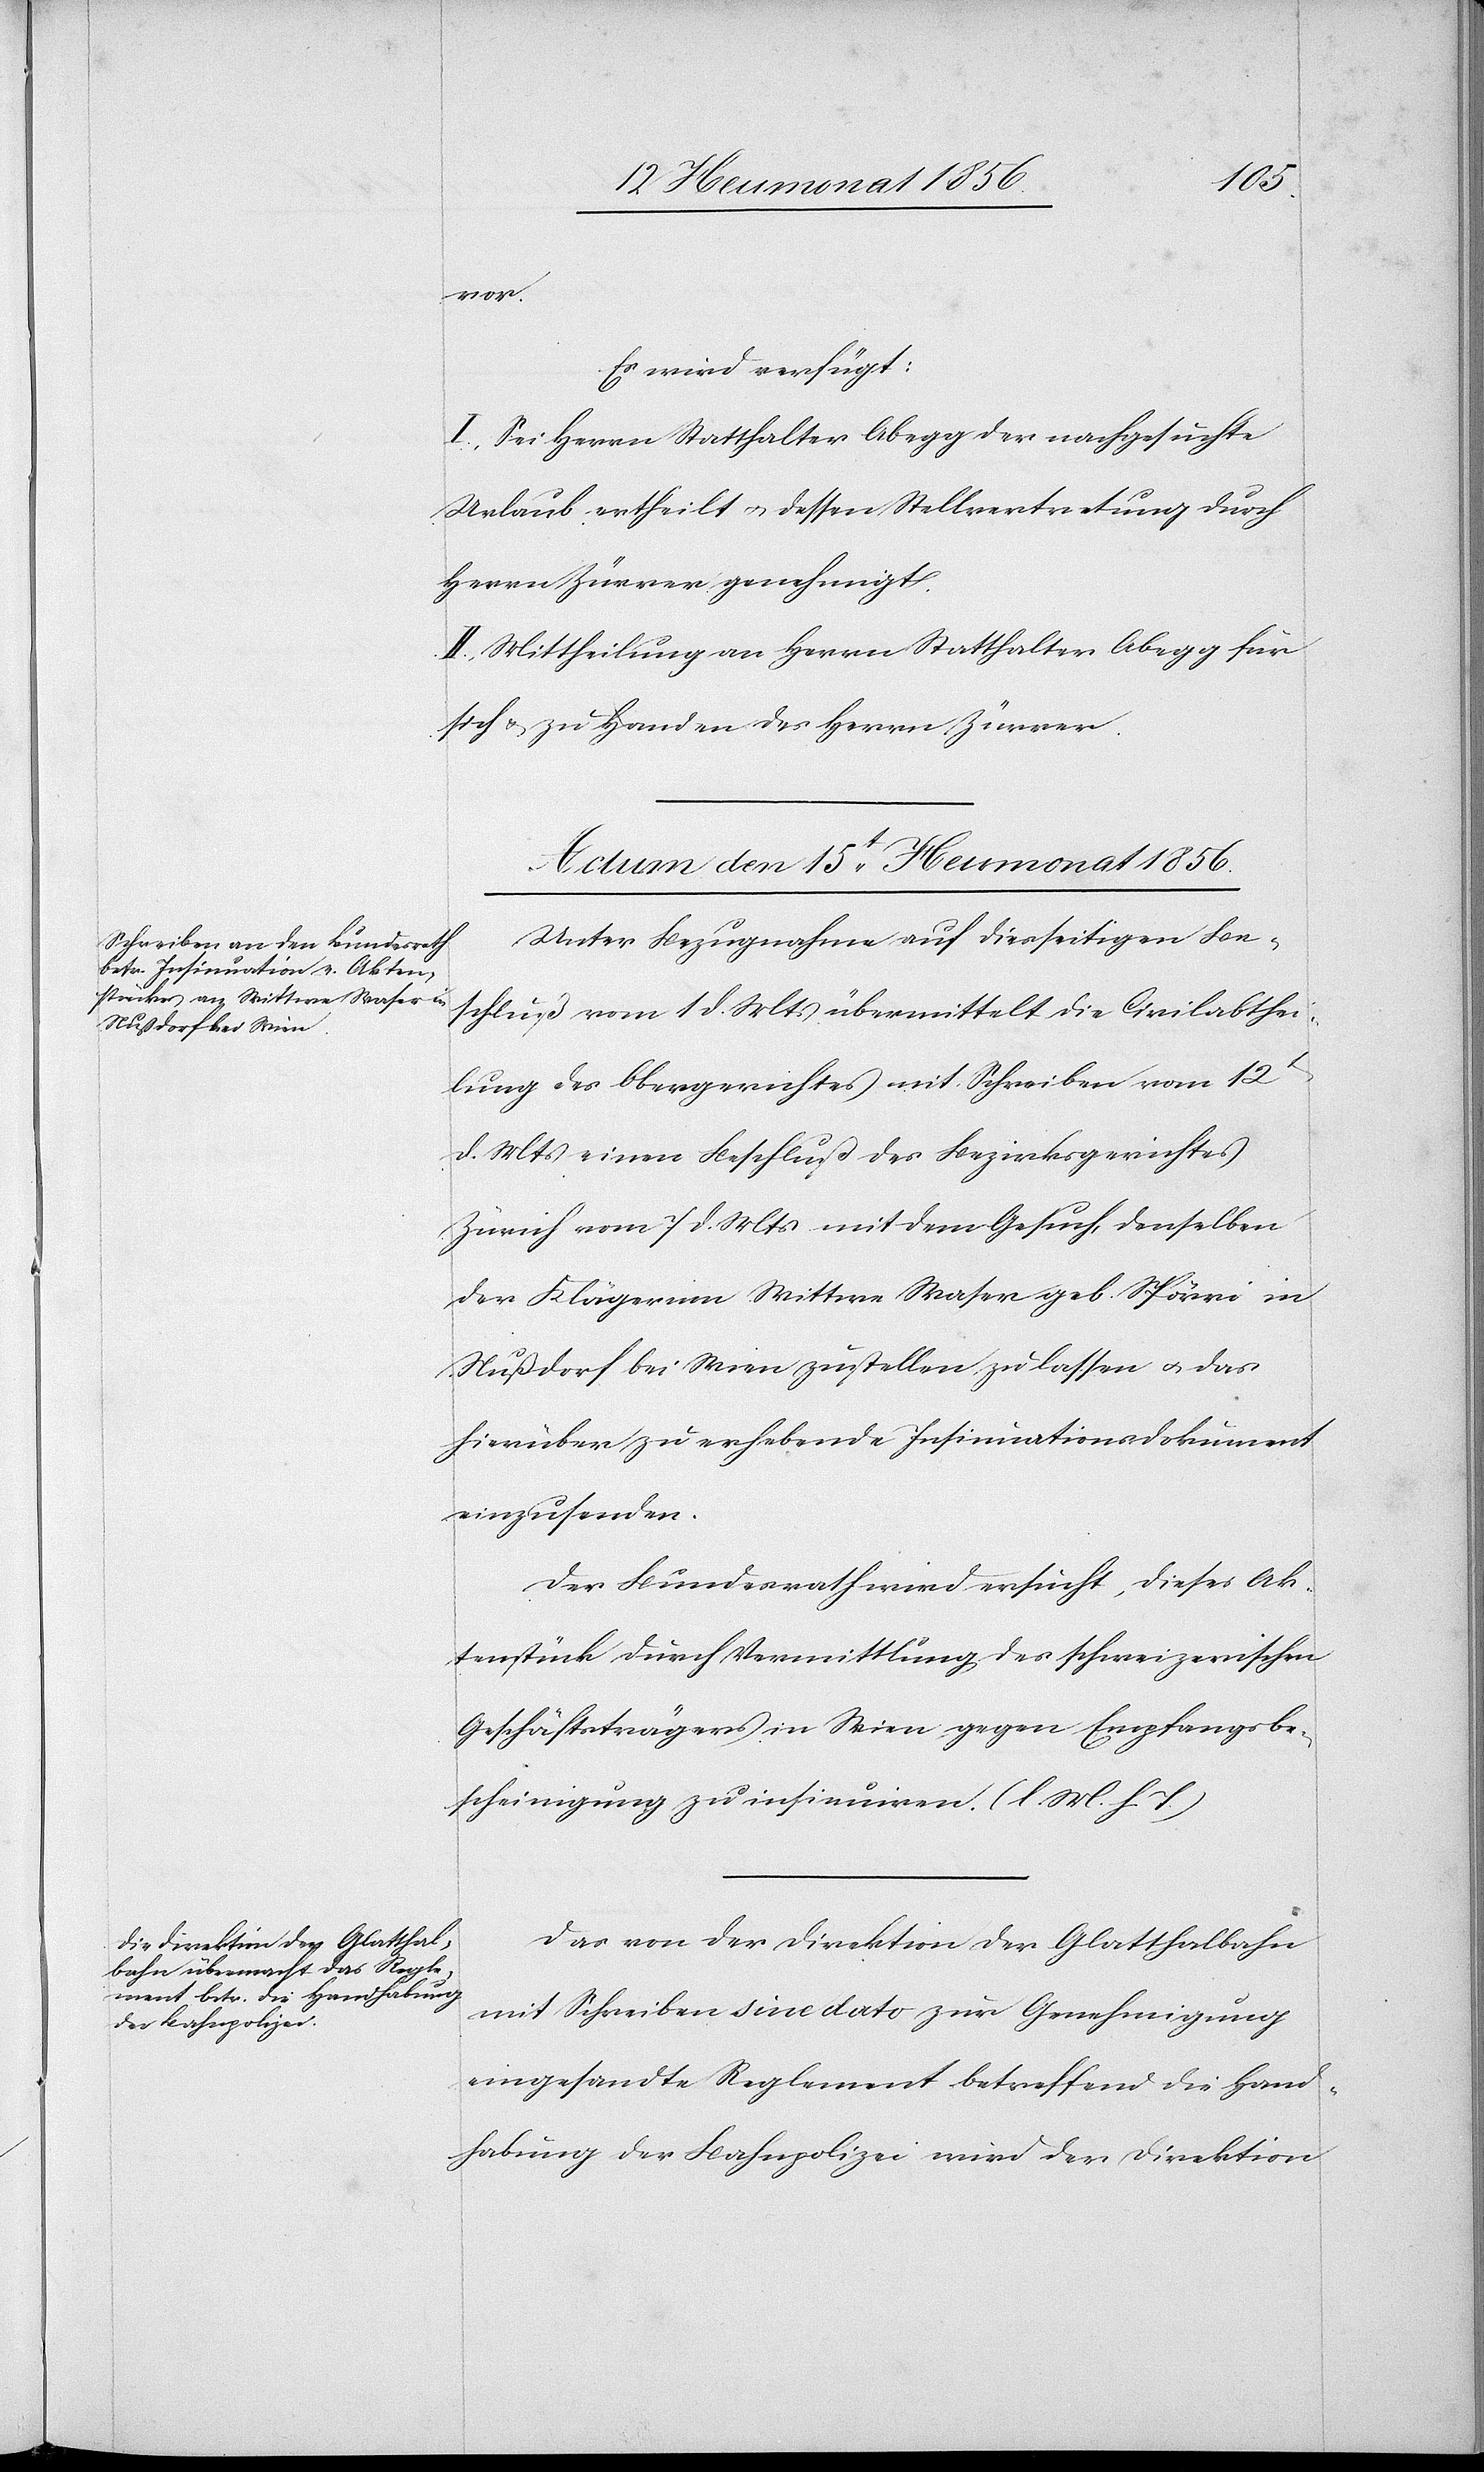
vor.
Es wird verfügt:
I.) Sei Herrn Statthalter Abegg der nachgesuchte
Urlaub ertheilt u. dessen Stellvertretung durch
Herrn Zürrer genehmigt.
II.) Mittheilung an Herrn Statthalter Abegg für
sich & zu Handen des Herrn Zürrer.
Actum den 15t Heumonat 1856.]
Unter Bezugnahme auf diesseitigen Be¬
schluß vom 1 d. Mts übermittelt die Civilabthei¬
lung des Obergerichtes mit Schreiben vom 12t
d. Mts einen Beschluß des Bezirksgerichtes
Zürich vom 7 d. Mts mit dem Gesuch, denselben
der Klägerinn Wittwe Waser geb. Spörri in
Nußdorf bei Wien zustellen zu lassen u. das
hierüber zu erhebende Insinuationsdokument
einzusenden.
Der Bundesrath wird ersucht, dieses Ak¬
tenstück durch Vermittlung des schweizerischen
Geschäftsträgers in Wien gegen Empfangsbe¬
scheinigung zu insinuiren. (l. M. h. T.)
Das von der Direktion der Glatthalbahn
mit Schreiben sine dato zur Genehmigung
eingesandte Reglement betreffend die Hand¬
habung der Bahnpolizei wird der Direktion